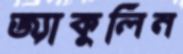
জ্যাকুলিন